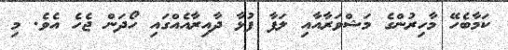
ކަމާބެހޭ މާހިރުންގެ މަޝްވަރާއާއި ލަފާ ފުޅާ ދާއިރާއެއްގައި ހޯދަން ޖެހެ އެވެ. މި